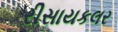
રીસાયકલર